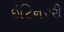
ઇટિનરરી